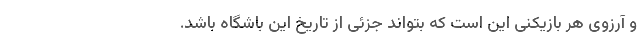
و آرزوی هر بازیکنی این است که بتواند جزئی از تاریخ این باشگاه باشد.